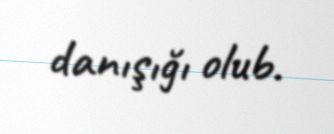
danışığı olub.